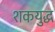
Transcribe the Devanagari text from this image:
शकयुद्ध